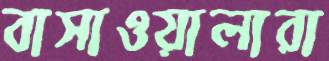
বাসাওয়ালারা